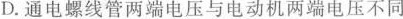
D.通电螺线管两端电压与电动机两端电压不同